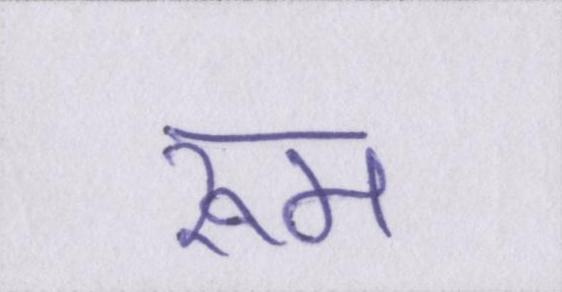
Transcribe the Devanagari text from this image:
रूम